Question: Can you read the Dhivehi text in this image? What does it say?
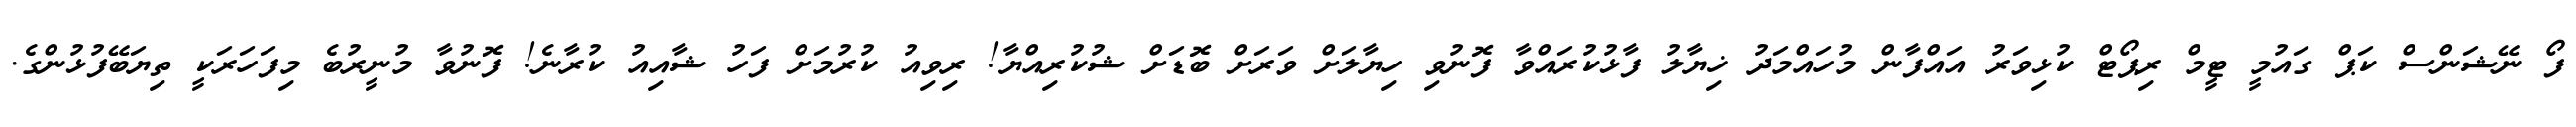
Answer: ފޯ ނޭޝަންސް ކަޕް ގައުމީ ޓީމް ރިޕޯޓް ކުޅިވަރު އައްފާން މުހައްމަދު ޚިޔާލު ފާޅުކުރައްވާ ފޮނުވި ހިޔާލަށް ވަރަށް ބޮޑަށް ޝުކުރިއްޔާ! ރިވިއު ކުރުމަށް ފަހު ޝާއިއު ކުރާނެ! ފޮނުވާ މުނީރުބެ މިފަހަރަކީ ތިޔަބޭފުޅުންގެ.